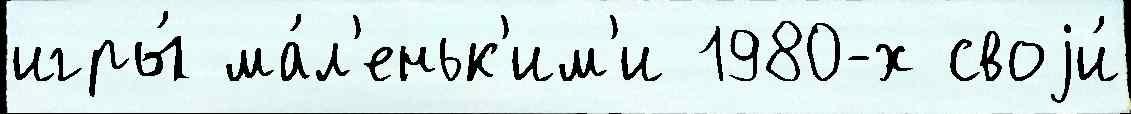
игры́ ма́л'еньк'им'и 1980-х своjи́